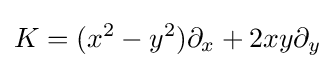
K=(x^{2}-y^{2})\partial _{x}+2xy\partial _{y}